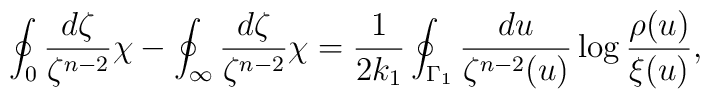
\oint_0 \frac{d\zeta}{\zeta^{n-2}}\chi-\oint_{\infty} \frac{d\zeta}{\zeta^{n-2}} \chi=\frac{1}{2 k_1} \oint_{\Gamma_1}\frac{du}{\zeta^{n-2}(u)} \log\frac{\rho(u)}{\xi(u)} ,